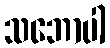
သဘောပါ